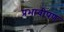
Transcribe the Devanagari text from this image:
प्रभावीपण